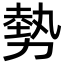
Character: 勢